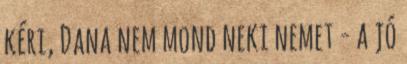
kéri, Dana nem mond neki nemet - a jó